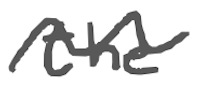
Text: the
Cross-out: wave
Writing tool: digital_gray